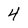
Character: 4